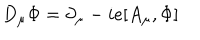
LaTeX: D _ { \mu } \Phi = \partial _ { \mu } - i e [ A _ { \mu } , \Phi ]